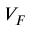
V _ { F }